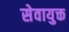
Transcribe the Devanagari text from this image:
सेवायुक्त